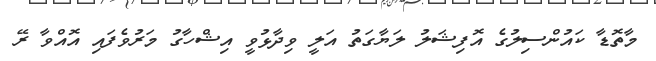
މާތޮޑާ ކައުންސިލުގެ އޮފިޝަލު ލަޔާގަތު އަލީ ވިދާޅުވީ އިޝްހާގު މަރުވެފައި އޮއްވާ ރޭ